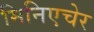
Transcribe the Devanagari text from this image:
मिनिएचेर